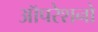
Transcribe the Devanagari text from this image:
ऑपरेशनो